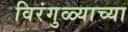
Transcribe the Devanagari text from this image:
विरंगुळ्याच्या